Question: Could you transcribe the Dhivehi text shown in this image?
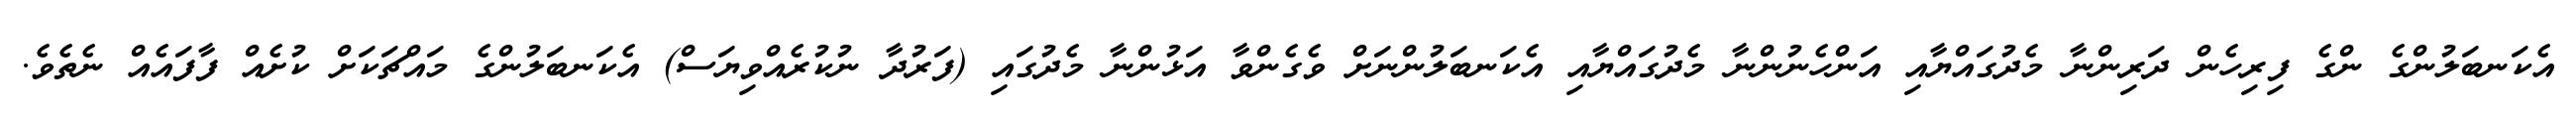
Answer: އެކަނބަލުންގެ ންގެ ފިރިހެން ދަރިންނާ މެދުގައްޔާއި އަންހެނުންނާ މެދުގައްޔާއި އެކަނބަލުންނަށް ވެގެންވާ އަޅުންނާ މެދުގައި (ފަރުދާ ނުކުރެއްވިޔަސް) އެކަނބަލުންގެ މައްޗަކަށް ކުށެއް ފާފައެއް ނެތެވެ.